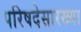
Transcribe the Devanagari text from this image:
परिषदेसारख्या